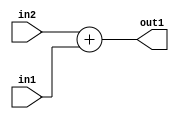
`timescale 1ps / 1ps
/*****************************************************************************
    Verilog RTL Description
    
    
    Created by: Stratus DpOpt 2019.1.01 
*******************************************************************************/

module bias_addr_gen_Add_32Ux14U_32U_4_1 (
	in2,
	in1,
	out1
	); /* architecture "behavioural" */ 
input [31:0] in2;
input [13:0] in1;
output [31:0] out1;
wire [31:0] asc001;

assign asc001 = 
	+(in2)
	+(in1);

assign out1 = asc001;
endmodule

/* CADENCE  ubP1TQ4= : u9/ySgnWtBlWxVPRXgAZ4Og= ** DO NOT EDIT THIS LINE ******/